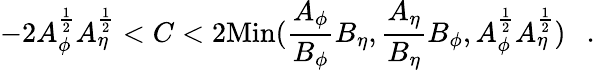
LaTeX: -2A_{\phi}^{\frac{1}{2}}A_{\eta}^{\frac{1}{2}}<C<2\mathrm{Min}({\frac{A_{\phi}}{B_{\phi}}}B_{\eta},{\frac{A_{\eta}}{B_{\eta}}}B_{\phi},A_{\phi}^{\frac{1}{2}}A_{\eta}^{\frac{1}{2}})~~~.